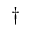
\dagger